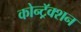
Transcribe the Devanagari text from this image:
कोन्ट्रॅक्शन